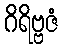
ဂိရိဗ္ဗဇံ